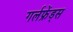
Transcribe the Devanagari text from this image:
गर्लफ्रेंड्स